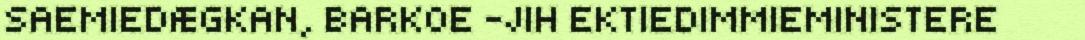
SAEMIEDÆGKAN, BARKOE -JIH EKTIEDIMMIEMINISTERE